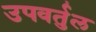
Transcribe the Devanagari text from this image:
उपवर्तुल